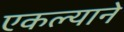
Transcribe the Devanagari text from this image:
एकल्याने